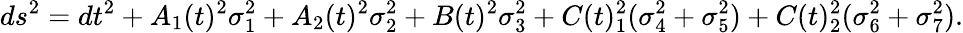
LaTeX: ds^{2}=dt^{2}+A_{1}(t)^{2}\sigma_{1}^{2}+A_{2}(t)^{2}\sigma_{2}^{2}+B(t)^{2}\sigma_{3}^{2}+C(t)_{1}^{2}(\sigma_{4}^{2}+\sigma_{5}^{2})+C(t)_{2}^{2}(\sigma_{6}^{2}+\sigma_{7}^{2}).